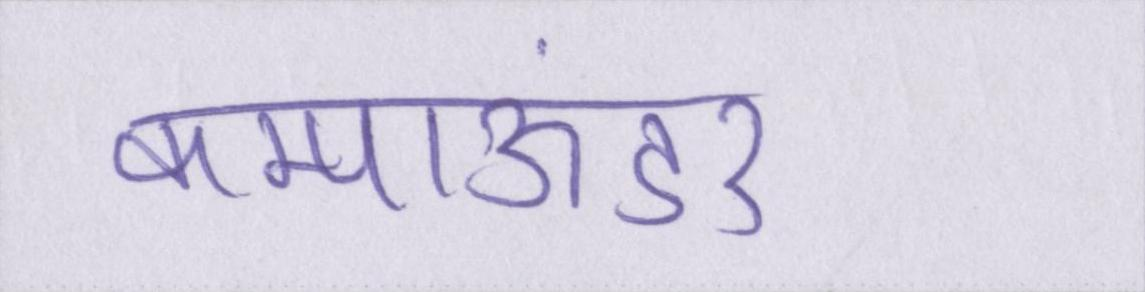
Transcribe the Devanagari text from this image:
कम्पाऊंडर